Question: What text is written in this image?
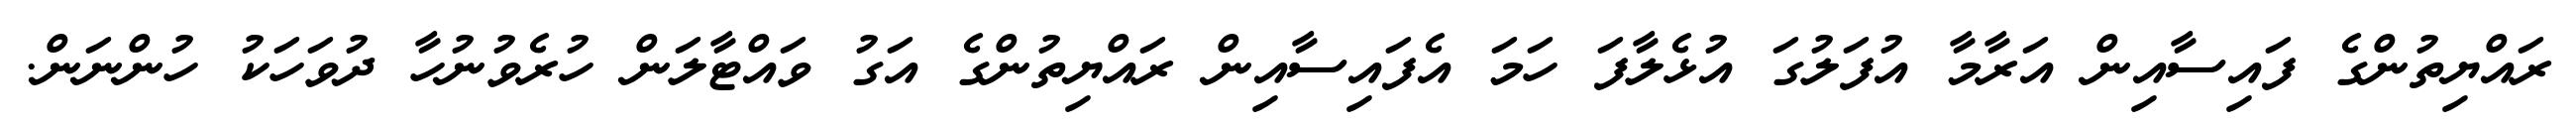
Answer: ރައްޔިތުންގެ ފައިސާއިން އަރާމާ އުފަލުގަ އުޅެލާފަ ހަމަ އެފައިސާއިން ރައްޔިތުންގެ އަގު ވައްޓާލަން ހުރެވުނުހާ ދުވަހަކު ހުންނަން.